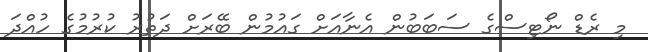
މި ރެޑް ނޯޓިސްގެ ސަބަބުން އެނާއަށް ގައުމުން ބޭރަށް ދަތުރު ކުރުމުގެ ހުއްދަ